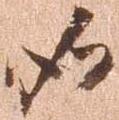
如